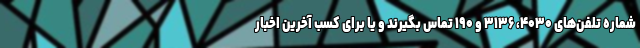
شماره تلفن‌های ۴۰۳۰، ۳۱۳۶ و ۱۹۰ تماس بگیرند و یا برای کسب آخرین اخبار